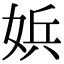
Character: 娦